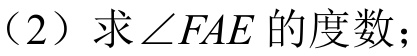
（2）求$\angle FAE$的度数；